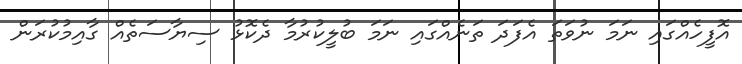
އޮފީހެއްގައި ނަމަ ނުވަތަ އެފަދަ ތަނެއްގައި ނަމަ ބުލީކުރުމާ ދެކޮޅު ސިޔާސަތެއް ގާއިމުކުރަން